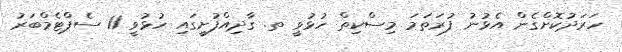
ހަރަދުކޮށްގެން އެޅުނު ފުރަތަމަ މިސްކިތް ހުޅުވީ ތ. ގާދިއްފުށީގައި ހުޅުވީ 11 ސެޕްޓެމްބަރު